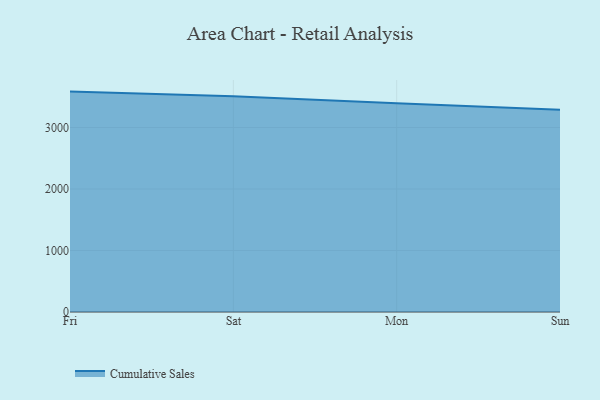
{"axis": {"x": "Day", "y": "Population (Million)"}, "legend": ["Cumulative Sales"], "data": [{"x": "Fri", "y": 3583.6, "type": "Cumulative Sales"}, {"x": "Sat", "y": 3508.9, "type": "Cumulative Sales"}, {"x": "Mon", "y": 3394.0, "type": "Cumulative Sales"}, {"x": "Sun", "y": 3287.2, "type": "Cumulative Sales"}]}